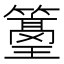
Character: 𥵭